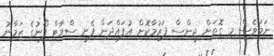
ނަމަވެސް މި ގޮތަށް ޖީންސް ފަރުމާކޮށް އުފައްދަން ފެށީ ސްމާޓް ފޯނުގެ ޒަމާނު